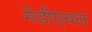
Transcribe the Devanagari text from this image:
मेडीएवल